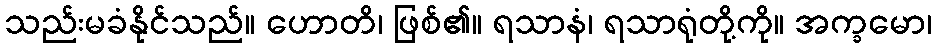
သည်းမခံနိုင်သည်။ ဟောတိ၊ ဖြစ်၏။ ရသာနံ၊ ရသာရုံတို့ကို။ အက္ခမော၊